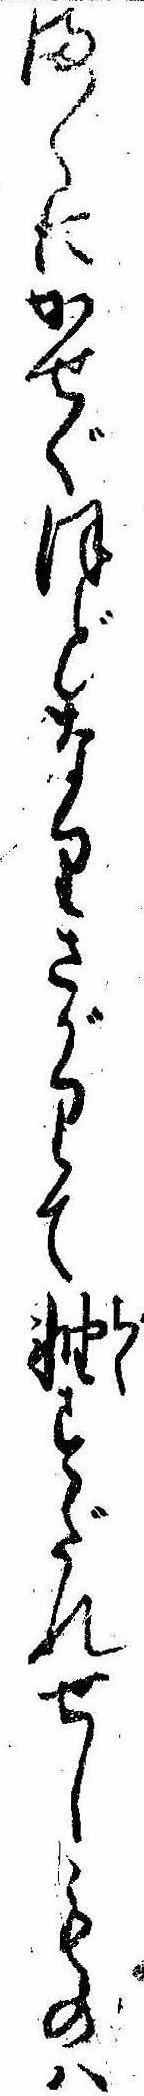
まくにかせぐほどなりさがりて軸すだれせしものは